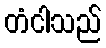
တံငါသည်